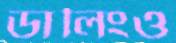
ডালিংও